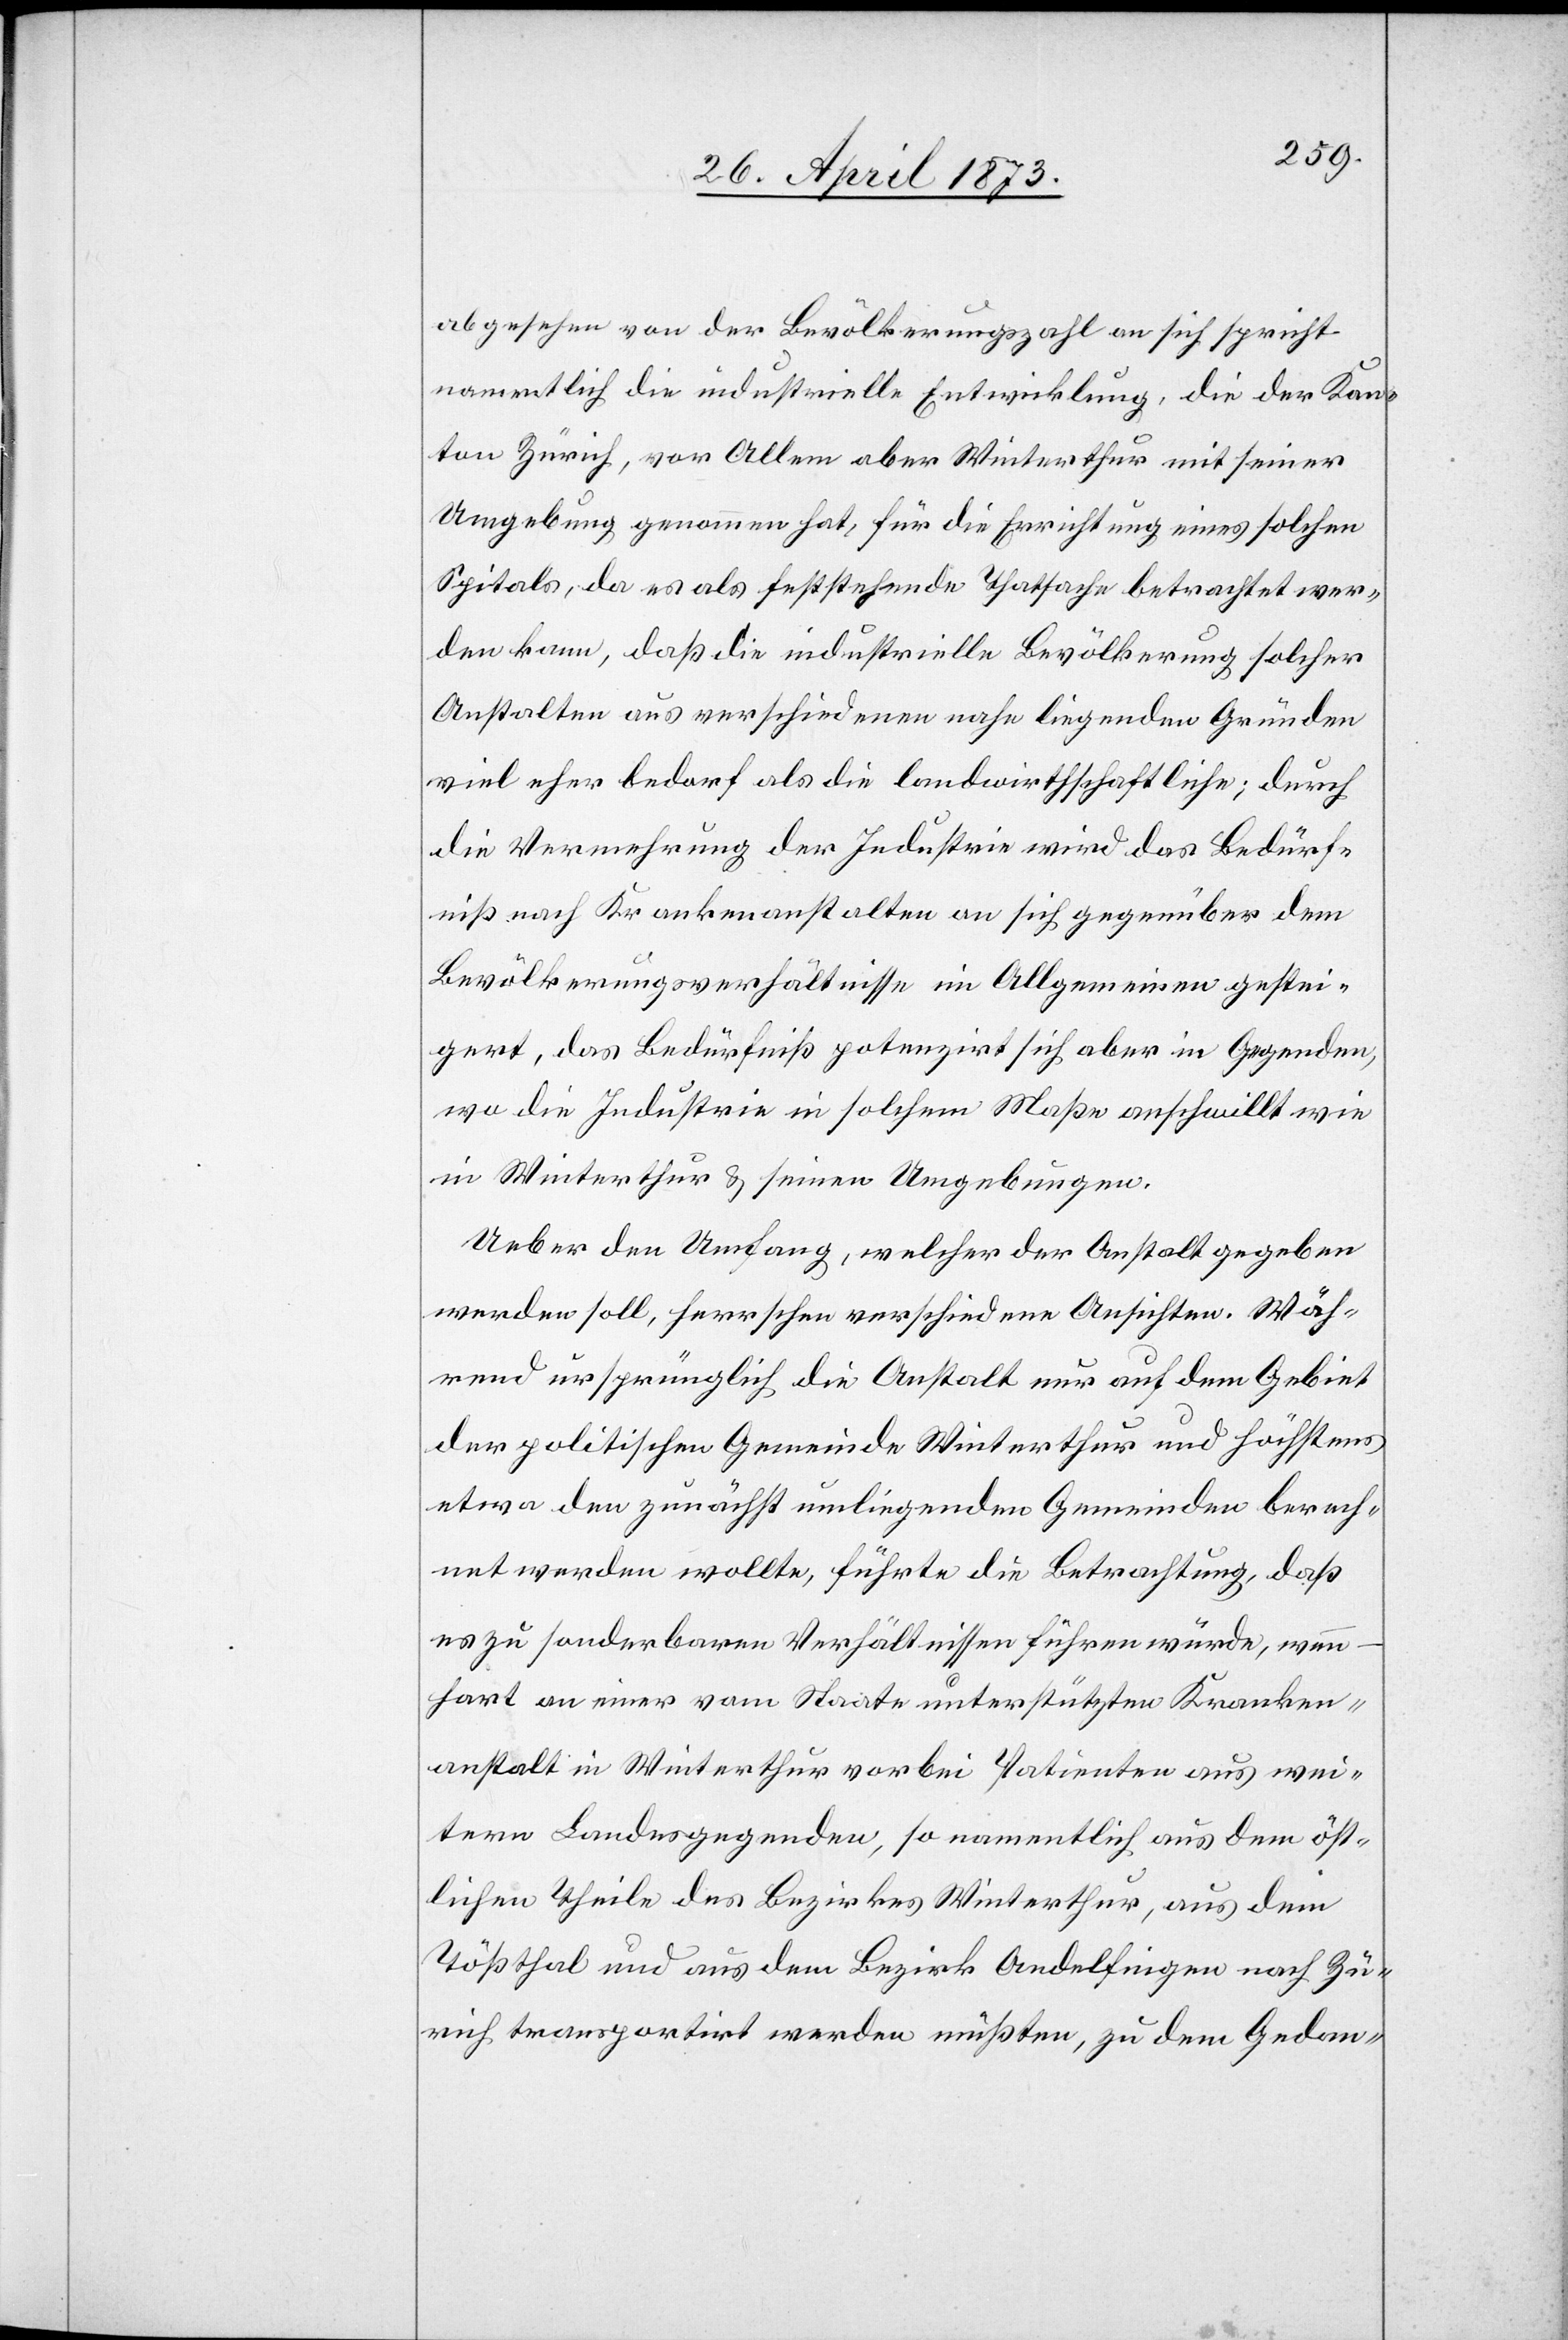
abgesehen von der Bevölkerungszahl an sich spricht
namentlich die industrielle Entwicklung, die der Kan¬
ton Zürich, vor Allem aber Winterthur mit seiner
Umgebung genommen hat, für die Errichtung eines solchen
Spitals, da es als feststehende Thatsache betrachtet wer¬
den kann, daß die industrielle Bevölkerung solcher
Anstalten aus verschiedenen nahe liegenden Gründen
viel eher bedarf als die landwirthschaftliche; durch
die Vermehrung der Industrie wird das Bedürf¬
niß nach Krankenanstalten an sich gegenüber dem
Bevölkerungsverhältnisse im Allgemeinen gestei¬
gert, das Bedürfniß potenzirt sich aber in Gegenden,
wo die Industrie in solchem Maße anschwillt wie
in Winterthur & seinen Umgebungen.
Ueber den Umfang, welcher der Anstalt gegeben
werden soll, herrschen verschiedene Ansichten. Wäh¬
rend ursprünglich die Anstalt nur auf dem Gebiet
der politischen Gemeinde Winterthur und höchstens
etwa den zunächst umliegenden Gemeinden berech¬
net werden wollte, führte die Betrachtung, daß
es zu sonderbaren Verhältnissen führen würde, wenn
–hart an einer vom Staate unterstützten Kranken¬
anstalt in Winterthur vorbei Patienten aus wei¬
tern Landesgegenden, so namentlich aus dem öst¬
lichen Theile des Bezirkes Winterthur, aus dem
Tößthal und aus dem Bezirk Andelfingen nach Zü¬
rich transportirt werden müßten, zu dem Gedan-